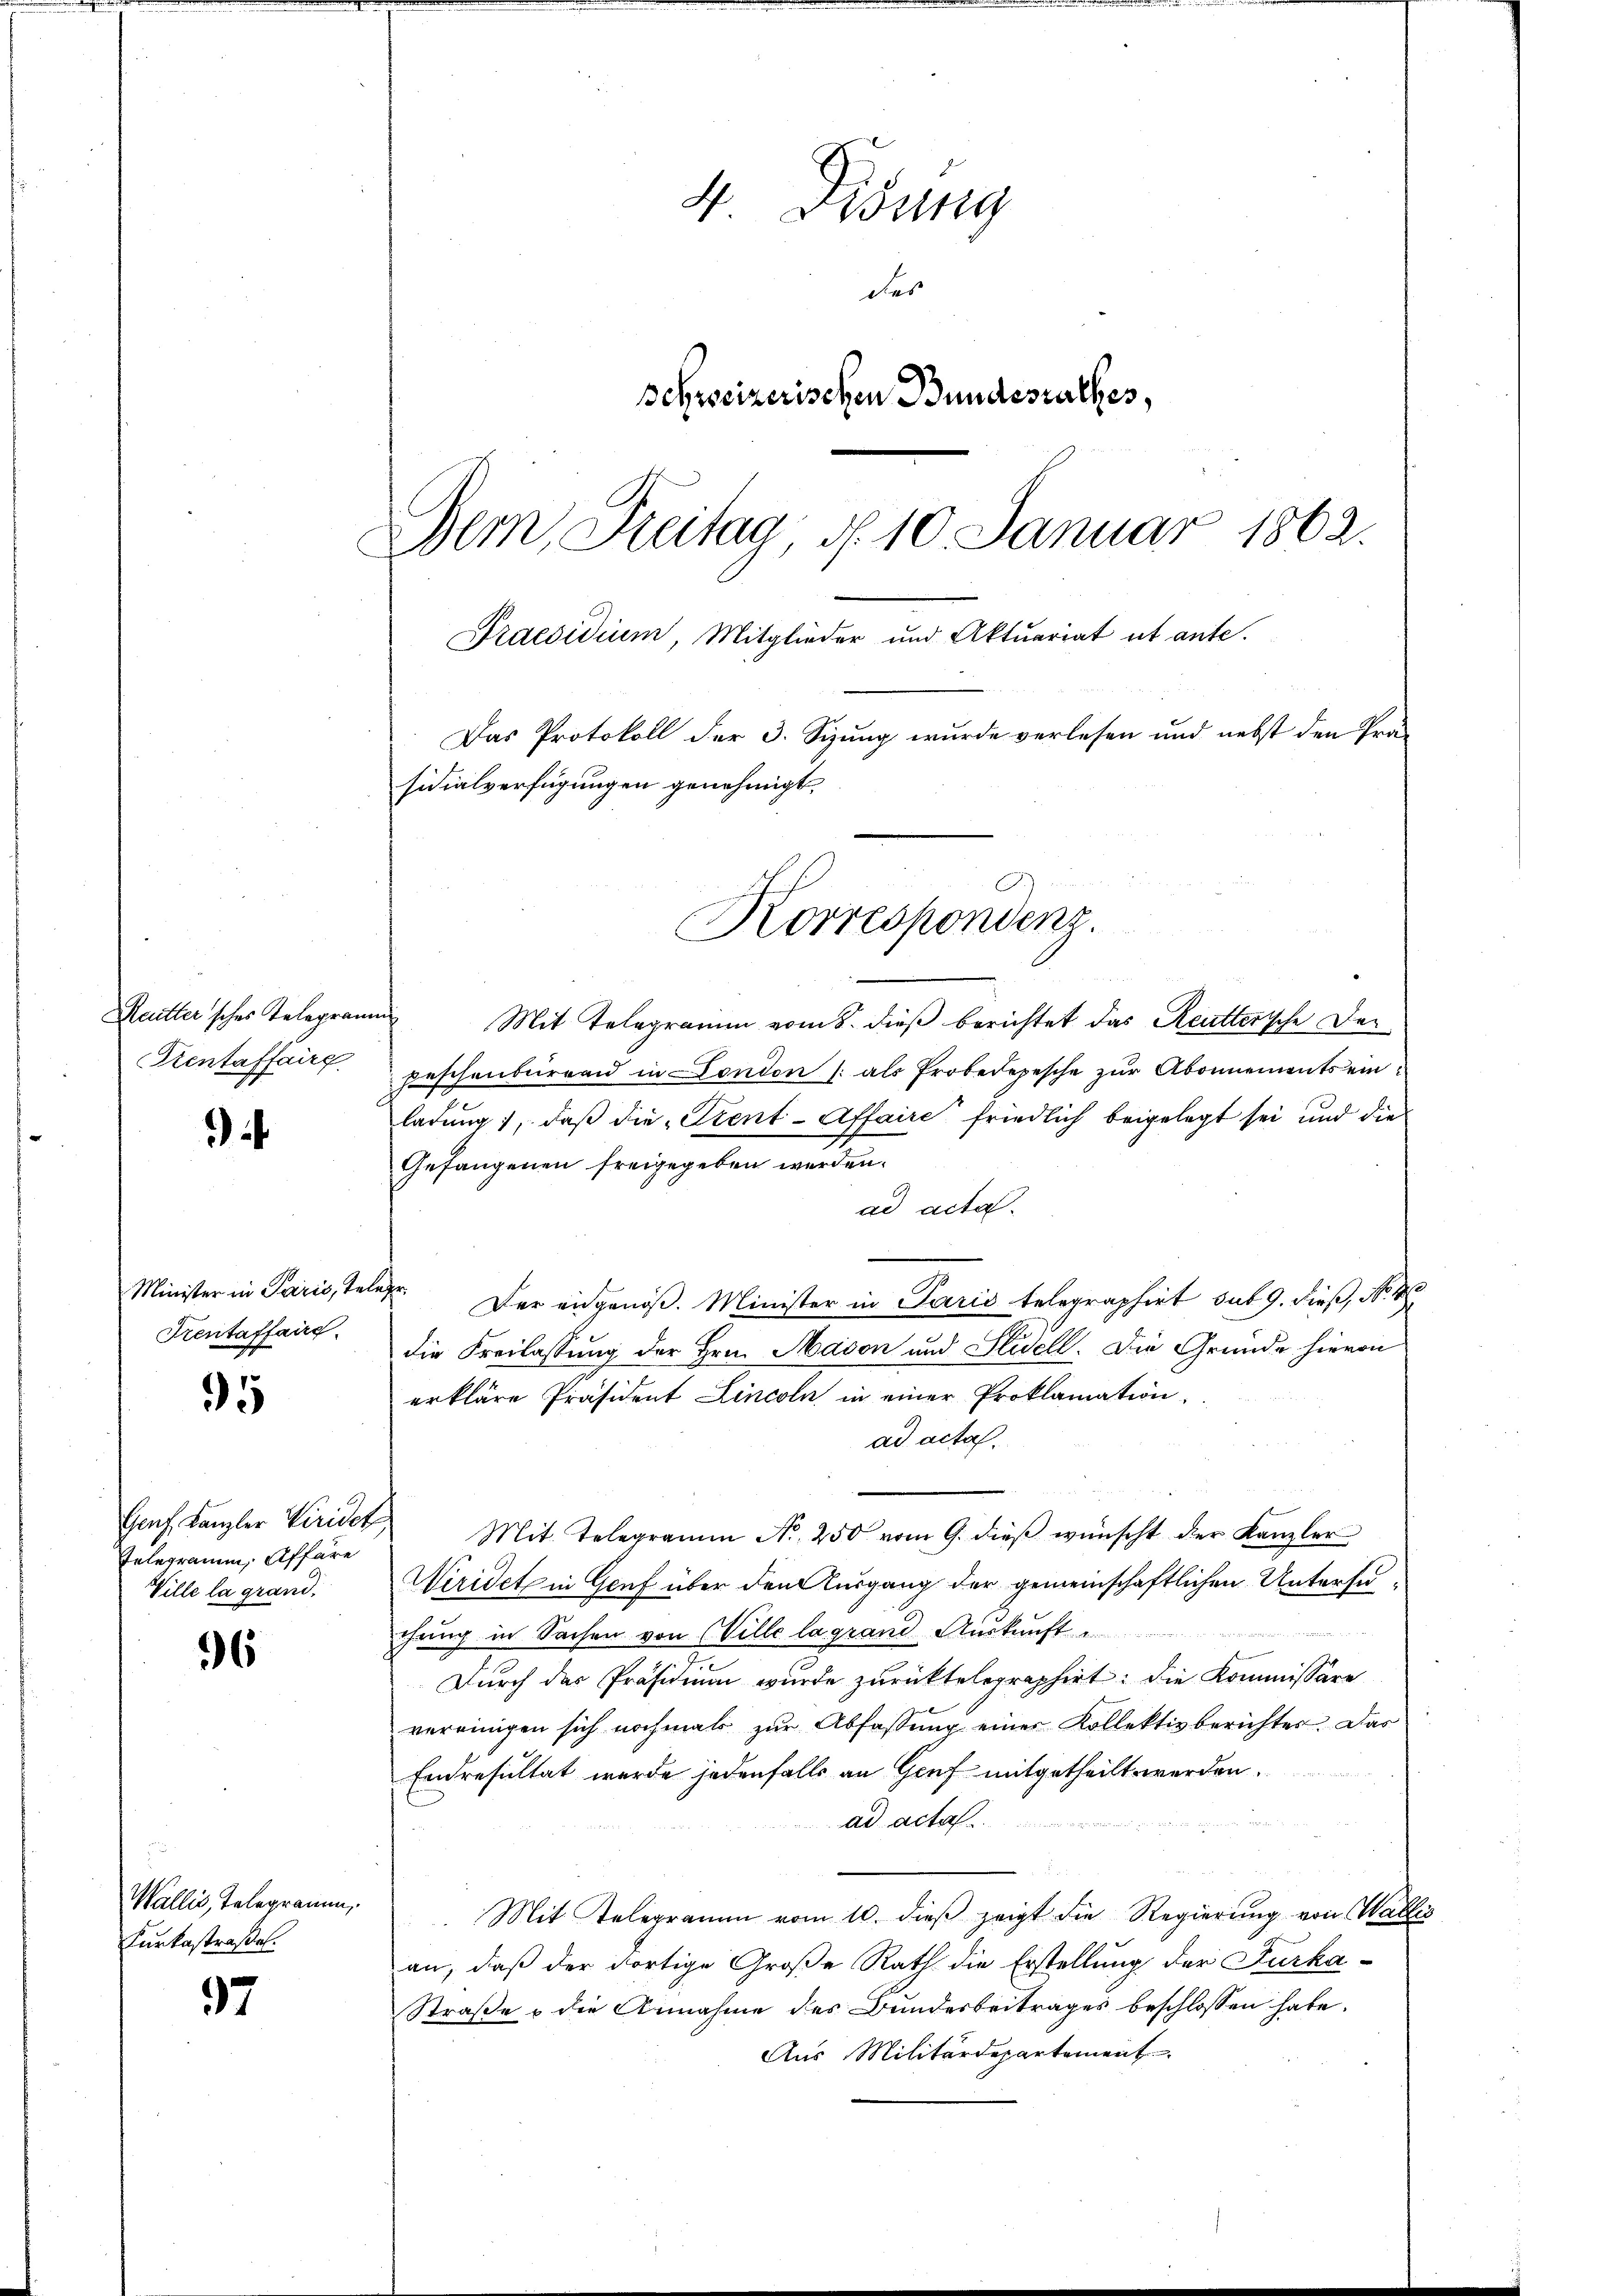
Pientaffairg

i

Minister in Paris, tel
Krentaffaire.

95

Telegramm, Affäre
Ville la grand.

96

Wallis, Telegramm,
Furkastraße.

97

4 Didung
des
schweizerischen Bundesrathes,
Bern, Breitag, d. 10. Januar 1862.
Praesidium, Mitglieder und Aktuariat ut ante.
Das Protokoll der 3. Sizung wurde verlesen und nebst den Präsidialverfügungen genehmigt.

Reutter'sches Telegramms Mit Telegramm vom 8. dieß berichtet das Reutterische Depeschenbureau in Fondon /: als Probedepesche zur Abonnements ein
ladung, daß die „Stent-Affaire friedlich beigelegt sei und die
Gefangenen freigegeben werden.
ad acta.
ehr.
Der eingenoß. Minister in Paris telegraphirt sub 9. dieß, No. 18
die Freilassung der Hrn. Madon und Stidell. Die Gründe hievon
erkläre Präsident Lincoln in einer Proklamation,
ad acta.
Genf Kanzler Viridet Mit Telegramm Nr. 250 vom 9. dieß wünscht der Kanzler
Wiridet in Genf über den Ausgang der gemeinschaftlichen Untersuchung in Sachen von (Ville lagrand Auskunft
Durch das Präsidium wurde zurücktelegraphirt; die Kommissäre
vereinigen sich nochmals zŭr Abfassŭng eines Kollektivberichtes. Das
Endresultat wurde jedenfalls an Genf mitgetheilt werden.
ad act
Mit Telegramm vom 10. dieß zeigt die Regierung von Wallis
an, daß der dortige Große Rath die Erstellung der Furka¬
Straße & die Annahme des Bundesbeitrages beschlossen habe.
Aus Militärdepartement

Korrespondenz.